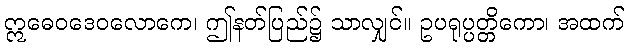
ဣဓေဝဒေဝလောကေ၊ ဤနတ်ပြည်၌ သာလျှင်။ ဥပရုပ္ပတ္တိကော၊ အထက်